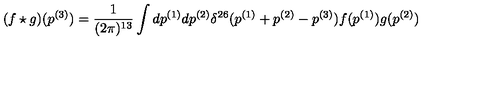
( f \star g ) ( p ^ { ( 3 ) } ) = \frac { 1 } { ( 2 \pi ) ^ { 1 3 } } \int d p ^ { ( 1 ) } d p ^ { ( 2 ) } \delta ^ { 2 6 } ( p ^ { ( 1 ) } + p ^ { ( 2 ) } - p ^ { ( 3 ) } ) f ( p ^ { ( 1 ) } ) g ( p ^ { ( 2 ) } )